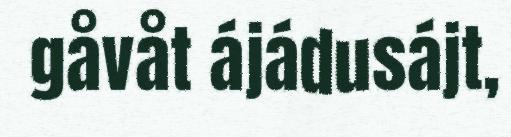
gåvåt ájádusájt,